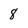
Character: 8